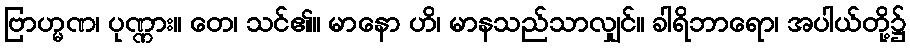
ဗြာဟ္မဏ၊ ပုဏ္ဏား။ တေ၊ သင်၏။ မာနော ဟိ၊ မာနသည်သာလျှင်။ ခါရိဘာရော၊ အပါယ်တို့၌